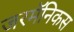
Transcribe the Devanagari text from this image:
जरमॅनिकस